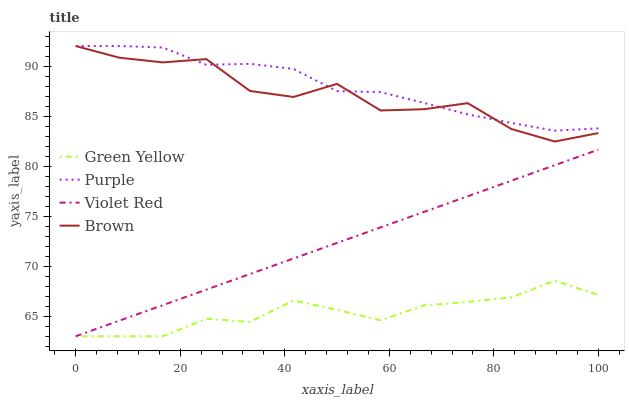
| xaxis_label | Green Yellow | Purple | Violet Red | Brown |
 | --- | --- | --- | --- | --- |
 | 0 | 63 | 92 | 63 | 92 |
 | 8.33 | 63 | 92 | 64.6 | 90.8 |
 | 16.7 | 63 | 91.8 | 66.1 | 90.4 |
 | 25 | 64.7 | 90.1 | 67.7 | 90.7 |
 | 33.3 | 64.4 | 90.2 | 69.2 | 87.5 |
 | 41.7 | 66.6 | 89.7 | 70.8 | 86.9 |
 | 50 | 65.6 | 87.5 | 72.3 | 88.2 |
 | 58.3 | 64.6 | 87.4 | 73.9 | 85.6 |
 | 66.7 | 66.1 | 86.3 | 75.4 | 85.7 |
 | 75 | 66.4 | 85.2 | 77 | 86.3 |
 | 83.3 | 66.9 | 84.3 | 78.5 | 83.7 |
 | 91.7 | 68.5 | 83.5 | 80.1 | 82.5 |
 | 100 | 67.1 | 83.8 | 81.6 | 83.3 |